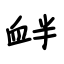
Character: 衅